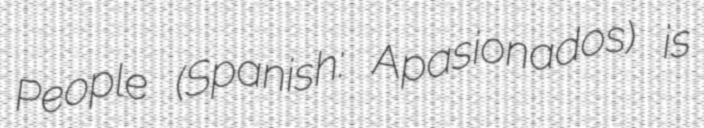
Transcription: People (Spanish: Apasionados) is